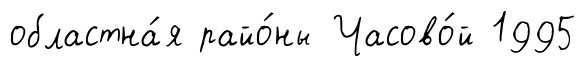
областна́я райо́ны Часово́й 1995